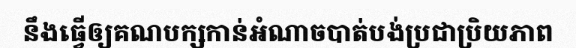
នឹងធ្វើឲ្យគណបក្សកាន់អំណាចបាត់បង់ប្រជាប្រិយភាព